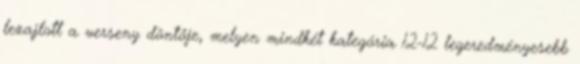
lezajlott a verseny döntője, melyen mindkét kategória 12-12 legeredményesebb